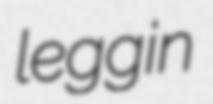
leggin